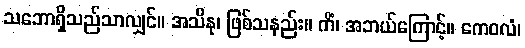
သဘောရှိသည်သာလျှင်။ အသိနု၊ ဖြစ်သနည်း။ ကိံ၊ အဘယ်ကြောင့်။ ကေဝလံ၊